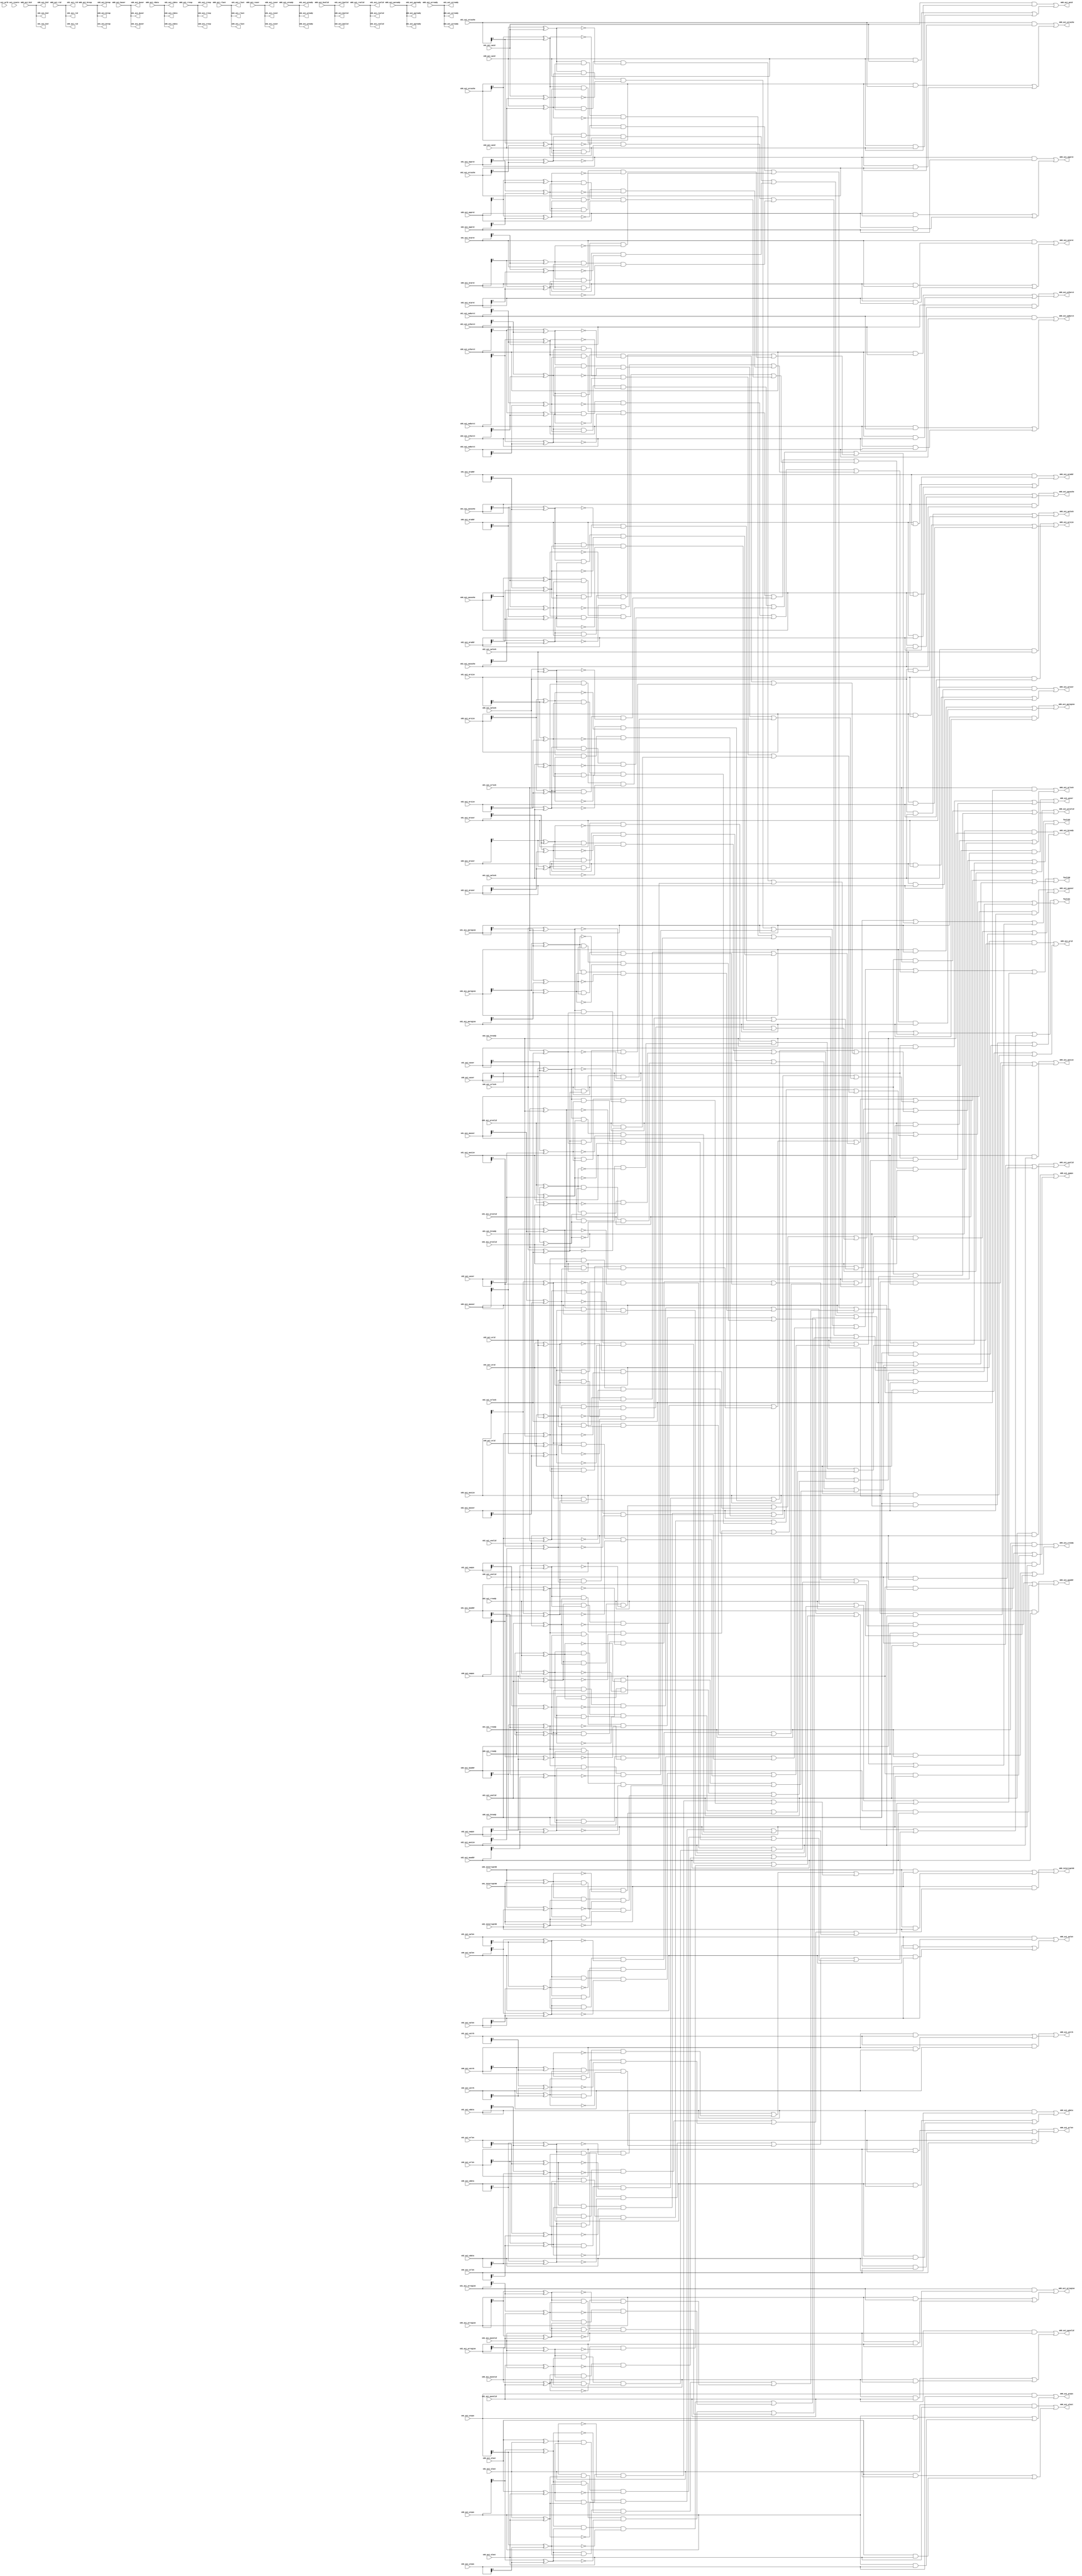

module TMR_DATA #
(
  // Parameters of AXI Subordinate Bus Interface SXX_AXI,
  parameter C_S_AXI_ID_WIDTH = 1,
  parameter C_S_AXI_AWUSER_WIDTH = 0,
  parameter C_S_AXI_ARUSER_WIDTH = 0,
  parameter C_S_AXI_WUSER_WIDTH = 0,
  parameter C_S_AXI_RUSER_WIDTH = 0,
  parameter C_S_AXI_BUSER_WIDTH = 0,
  parameter C_S_AXI_DATA_WIDTH = 64,
  parameter C_S_AXI_ADDR_WIDTH = 32,
  // Parameters of AXI Manager Bus Interface M00_AXI,
  parameter C_M_AXI_ID_WIDTH = 1,
  parameter C_M_AXI_AWUSER_WIDTH = 0,
  parameter C_M_AXI_ARUSER_WIDTH = 0,
  parameter C_M_AXI_WUSER_WIDTH = 0,
  parameter C_M_AXI_RUSER_WIDTH = 0,
  parameter C_M_AXI_BUSER_WIDTH = 0,
  parameter C_M_AXI_DATA_WIDTH = 64,
  parameter C_M_AXI_ADDR_WIDTH = 32
)
(
  input axi_aclk,
  input axi_resetn,
  // Ports of AXI Subordinate Bus Interface S00_AXI,
  input [C_S_AXI_ID_WIDTH-1:0] s00_axi_awid,
  input [C_S_AXI_ADDR_WIDTH-1:0] s00_axi_awaddr,
  input [7:0] s00_axi_awlen,
  input [2:0] s00_axi_awsize,
  input [1:0] s00_axi_awburst,
  input s00_axi_awlock,
  input [3:0] s00_axi_awcache,
  input [2:0] s00_axi_awprot,
  input [3:0] s00_axi_awqos,
  input [3:0] s00_axi_awregion,
  input [C_S_AXI_AWUSER_WIDTH-1:0] s00_axi_awuser,
  input s00_axi_awvalid,
  output s00_axi_awready,
  input [C_S_AXI_DATA_WIDTH-1:0] s00_axi_wdata,
  input [C_S_AXI_DATA_WIDTH/8-1:0] s00_axi_wstrb,
  input s00_axi_wlast,
  input [C_S_AXI_WUSER_WIDTH-1:0] s00_axi_wuser,
  input s00_axi_wvalid,
  output s00_axi_wready,
  input s00_axi_bready,
  output [C_S_AXI_ID_WIDTH-1:0] s00_axi_bid,
  output [1:0] s00_axi_bresp,
  output [C_S_AXI_BUSER_WIDTH-1:0] s00_axi_buser,
  output s00_axi_bvalid,
  input [C_S_AXI_ID_WIDTH-1:0] s00_axi_arid,
  input [C_S_AXI_ADDR_WIDTH-1:0] s00_axi_araddr,
  input [7:0] s00_axi_arlen,
  input [2:0] s00_axi_arsize,
  input [1:0] s00_axi_arburst,
  input s00_axi_arlock,
  input [3:0] s00_axi_arcache,
  input [2:0] s00_axi_arprot,
  input [3:0] s00_axi_arqos,
  input [3:0] s00_axi_arregion,
  input [C_S_AXI_ARUSER_WIDTH-1:0] s00_axi_aruser,
  input s00_axi_arvalid,
  output s00_axi_arready,
  input s00_axi_rready,
  output [C_S_AXI_ID_WIDTH-1:0] s00_axi_rid,
  output [C_S_AXI_DATA_WIDTH-1:0] s00_axi_rdata,
  output [1:0] s00_axi_rresp,
  output s00_axi_rlast,
  output [C_S_AXI_RUSER_WIDTH-1:0] s00_axi_ruser,
  output s00_axi_rvalid,
  input s00_interrupt00,
  // Ports of AXI Subordinate Bus Interface S01_AXI,
  input [C_S_AXI_ID_WIDTH-1:0] s01_axi_awid,
  input [C_S_AXI_ADDR_WIDTH-1:0] s01_axi_awaddr,
  input [7:0] s01_axi_awlen,
  input [2:0] s01_axi_awsize,
  input [1:0] s01_axi_awburst,
  input s01_axi_awlock,
  input [3:0] s01_axi_awcache,
  input [2:0] s01_axi_awprot,
  input [3:0] s01_axi_awqos,
  input [3:0] s01_axi_awregion,
  input [C_S_AXI_AWUSER_WIDTH-1:0] s01_axi_awuser,
  input s01_axi_awvalid,
  output s01_axi_awready,
  input [C_S_AXI_DATA_WIDTH-1:0] s01_axi_wdata,
  input [C_S_AXI_DATA_WIDTH/8-1:0] s01_axi_wstrb,
  input s01_axi_wlast,
  input [C_S_AXI_WUSER_WIDTH-1:0] s01_axi_wuser,
  input s01_axi_wvalid,
  output s01_axi_wready,
  input s01_axi_bready,
  output [C_S_AXI_ID_WIDTH-1:0] s01_axi_bid,
  output [1:0] s01_axi_bresp,
  output [C_S_AXI_BUSER_WIDTH-1:0] s01_axi_buser,
  output s01_axi_bvalid,
  input [C_S_AXI_ID_WIDTH-1:0] s01_axi_arid,
  input [C_S_AXI_ADDR_WIDTH-1:0] s01_axi_araddr,
  input [7:0] s01_axi_arlen,
  input [2:0] s01_axi_arsize,
  input [1:0] s01_axi_arburst,
  input s01_axi_arlock,
  input [3:0] s01_axi_arcache,
  input [2:0] s01_axi_arprot,
  input [3:0] s01_axi_arqos,
  input [3:0] s01_axi_arregion,
  input [C_S_AXI_ARUSER_WIDTH-1:0] s01_axi_aruser,
  input s01_axi_arvalid,
  output s01_axi_arready,
  input s01_axi_rready,
  output [C_S_AXI_ID_WIDTH-1:0] s01_axi_rid,
  output [C_S_AXI_DATA_WIDTH-1:0] s01_axi_rdata,
  output [1:0] s01_axi_rresp,
  output s01_axi_rlast,
  output [C_S_AXI_RUSER_WIDTH-1:0] s01_axi_ruser,
  output s01_axi_rvalid,
  input s01_interrupt00,
  // Ports of AXI Subordinate Bus Interface S02_AXI,
  input [C_S_AXI_ID_WIDTH-1:0] s02_axi_awid,
  input [C_S_AXI_ADDR_WIDTH-1:0] s02_axi_awaddr,
  input [7:0] s02_axi_awlen,
  input [2:0] s02_axi_awsize,
  input [1:0] s02_axi_awburst,
  input s02_axi_awlock,
  input [3:0] s02_axi_awcache,
  input [2:0] s02_axi_awprot,
  input [3:0] s02_axi_awqos,
  input [3:0] s02_axi_awregion,
  input [C_S_AXI_AWUSER_WIDTH-1:0] s02_axi_awuser,
  input s02_axi_awvalid,
  output s02_axi_awready,
  input [C_S_AXI_DATA_WIDTH-1:0] s02_axi_wdata,
  input [C_S_AXI_DATA_WIDTH/8-1:0] s02_axi_wstrb,
  input s02_axi_wlast,
  input [C_S_AXI_WUSER_WIDTH-1:0] s02_axi_wuser,
  input s02_axi_wvalid,
  output s02_axi_wready,
  input s02_axi_bready,
  output [C_S_AXI_ID_WIDTH-1:0] s02_axi_bid,
  output [1:0] s02_axi_bresp,
  output [C_S_AXI_BUSER_WIDTH-1:0] s02_axi_buser,
  output s02_axi_bvalid,
  input [C_S_AXI_ID_WIDTH-1:0] s02_axi_arid,
  input [C_S_AXI_ADDR_WIDTH-1:0] s02_axi_araddr,
  input [7:0] s02_axi_arlen,
  input [2:0] s02_axi_arsize,
  input [1:0] s02_axi_arburst,
  input s02_axi_arlock,
  input [3:0] s02_axi_arcache,
  input [2:0] s02_axi_arprot,
  input [3:0] s02_axi_arqos,
  input [3:0] s02_axi_arregion,
  input [C_S_AXI_ARUSER_WIDTH-1:0] s02_axi_aruser,
  input s02_axi_arvalid,
  output s02_axi_arready,
  input s02_axi_rready,
  output [C_S_AXI_ID_WIDTH-1:0] s02_axi_rid,
  output [C_S_AXI_DATA_WIDTH-1:0] s02_axi_rdata,
  output [1:0] s02_axi_rresp,
  output s02_axi_rlast,
  output [C_S_AXI_RUSER_WIDTH-1:0] s02_axi_ruser,
  output s02_axi_rvalid,
  input s02_interrupt00,
  // Ports of AXI Manager Bus Interface M00_AXI,
  input m00_axi_awready,
  output [C_M_AXI_ID_WIDTH-1:0] m00_axi_awid,
  output [C_M_AXI_ADDR_WIDTH-1:0] m00_axi_awaddr,
  output [7:0] m00_axi_awlen,
  output [2:0] m00_axi_awsize,
  output [1:0] m00_axi_awburst,
  output m00_axi_awlock,
  output [3:0] m00_axi_awcache,
  output [2:0] m00_axi_awprot,
  output [3:0] m00_axi_awqos,
  output [3:0] m00_axi_awregion,
  output [C_M_AXI_AWUSER_WIDTH-1:0] m00_axi_awuser,
  output m00_axi_awvalid,
  input m00_axi_wready,
  output [C_M_AXI_DATA_WIDTH-1:0] m00_axi_wdata,
  output [C_M_AXI_DATA_WIDTH/8-1:0] m00_axi_wstrb,
  output m00_axi_wlast,
  output [C_M_AXI_WUSER_WIDTH-1:0] m00_axi_wuser,
  output m00_axi_wvalid,
  input [C_M_AXI_ID_WIDTH-1:0] m00_axi_bid,
  input [1:0] m00_axi_bresp,
  input [C_M_AXI_BUSER_WIDTH-1:0] m00_axi_buser,
  input m00_axi_bvalid,
  output m00_axi_bready,
  input m00_axi_arready,
  output [C_M_AXI_ID_WIDTH-1:0] m00_axi_arid,
  output [C_M_AXI_ADDR_WIDTH-1:0] m00_axi_araddr,
  output [7:0] m00_axi_arlen,
  output [2:0] m00_axi_arsize,
  output [1:0] m00_axi_arburst,
  output m00_axi_arlock,
  output [3:0] m00_axi_arcache,
  output [2:0] m00_axi_arprot,
  output [3:0] m00_axi_arqos,
  output [3:0] m00_axi_arregion,
  output [C_M_AXI_ARUSER_WIDTH-1:0] m00_axi_aruser,
  output m00_axi_arvalid,
  input [C_M_AXI_ID_WIDTH-1:0] m00_axi_rid,
  input [C_M_AXI_DATA_WIDTH-1:0] m00_axi_rdata,
  input [1:0] m00_axi_rresp,
  input m00_axi_rlast,
  input [C_M_AXI_RUSER_WIDTH-1:0] m00_axi_ruser,
  input m00_axi_rvalid,
  output m00_axi_rready,
  output m00_interrupt00,
  output fault00,
  output fault01,
  output fault02
);

  // Pass back response signals
  assign { s00_axi_awready, s01_axi_awready, s02_axi_awready } = { 3{ m00_axi_awready } };
  assign { s00_axi_wready, s01_axi_wready, s02_axi_wready } = { 3{ m00_axi_wready } };
  assign { s00_axi_bid, s01_axi_bid, s02_axi_bid } = { 3{ m00_axi_bid } };
  assign { s00_axi_bresp, s01_axi_bresp, s02_axi_bresp } = { 3{ m00_axi_bresp } };
  assign { s00_axi_buser, s01_axi_buser, s02_axi_buser } = { 3{ m00_axi_buser } };
  assign { s00_axi_bvalid, s01_axi_bvalid, s02_axi_bvalid } = { 3{ m00_axi_bvalid } };
  assign { s00_axi_arready, s01_axi_arready, s02_axi_arready } = { 3{ m00_axi_arready } };
  assign { s00_axi_rid, s01_axi_rid, s02_axi_rid } = { 3{ m00_axi_rid } };
  assign { s00_axi_rdata, s01_axi_rdata, s02_axi_rdata } = { 3{ m00_axi_rdata } };
  assign { s00_axi_rresp, s01_axi_rresp, s02_axi_rresp } = { 3{ m00_axi_rresp } };
  assign { s00_axi_rlast, s01_axi_rlast, s02_axi_rlast } = { 3{ m00_axi_rlast } };
  assign { s00_axi_ruser, s01_axi_ruser, s02_axi_ruser } = { 3{ m00_axi_ruser } };
  assign { s00_axi_rvalid, s01_axi_rvalid, s02_axi_rvalid } = { 3{ m00_axi_rvalid } };
  // Voting logic
  assign m00_axi_awid = s01_axi_awid & s02_axi_awid | (s00_axi_awid & s01_axi_awid | s00_axi_awid & s02_axi_awid);
  assign m00_axi_awaddr = s01_axi_awaddr & s02_axi_awaddr | (s00_axi_awaddr & s01_axi_awaddr | s00_axi_awaddr & s02_axi_awaddr);
  assign m00_axi_awlen = s01_axi_awlen & s02_axi_awlen | (s00_axi_awlen & s01_axi_awlen | s00_axi_awlen & s02_axi_awlen);
  assign m00_axi_awsize = s01_axi_awsize & s02_axi_awsize | (s00_axi_awsize & s01_axi_awsize | s00_axi_awsize & s02_axi_awsize);
  assign m00_axi_awburst = s01_axi_awburst & s02_axi_awburst | (s00_axi_awburst & s01_axi_awburst | s00_axi_awburst & s02_axi_awburst);
  assign m00_axi_awlock = s01_axi_awlock & s02_axi_awlock | (s00_axi_awlock & s01_axi_awlock | s00_axi_awlock & s02_axi_awlock);
  assign m00_axi_awcache = s01_axi_awcache & s02_axi_awcache | (s00_axi_awcache & s01_axi_awcache | s00_axi_awcache & s02_axi_awcache);
  assign m00_axi_awprot = s01_axi_awprot & s02_axi_awprot | (s00_axi_awprot & s01_axi_awprot | s00_axi_awprot & s02_axi_awprot);
  assign m00_axi_awqos = s01_axi_awqos & s02_axi_awqos | (s00_axi_awqos & s01_axi_awqos | s00_axi_awqos & s02_axi_awqos);
  assign m00_axi_awregion = s01_axi_awregion & s02_axi_awregion | (s00_axi_awregion & s01_axi_awregion | s00_axi_awregion & s02_axi_awregion);
  assign m00_axi_awuser = s01_axi_awuser & s02_axi_awuser | (s00_axi_awuser & s01_axi_awuser | s00_axi_awuser & s02_axi_awuser);
  assign m00_axi_awvalid = s01_axi_awvalid & s02_axi_awvalid | (s00_axi_awvalid & s01_axi_awvalid | s00_axi_awvalid & s02_axi_awvalid);
  assign m00_axi_wdata = s01_axi_wdata & s02_axi_wdata | (s00_axi_wdata & s01_axi_wdata | s00_axi_wdata & s02_axi_wdata);
  assign m00_axi_wstrb = s01_axi_wstrb & s02_axi_wstrb | (s00_axi_wstrb & s01_axi_wstrb | s00_axi_wstrb & s02_axi_wstrb);
  assign m00_axi_wlast = s01_axi_wlast & s02_axi_wlast | (s00_axi_wlast & s01_axi_wlast | s00_axi_wlast & s02_axi_wlast);
  assign m00_axi_wuser = s01_axi_wuser & s02_axi_wuser | (s00_axi_wuser & s01_axi_wuser | s00_axi_wuser & s02_axi_wuser);
  assign m00_axi_wvalid = s01_axi_wvalid & s02_axi_wvalid | (s00_axi_wvalid & s01_axi_wvalid | s00_axi_wvalid & s02_axi_wvalid);
  assign m00_axi_bready = s01_axi_bready & s02_axi_bready | (s00_axi_bready & s01_axi_bready | s00_axi_bready & s02_axi_bready);
  assign m00_axi_arid = s01_axi_arid & s02_axi_arid | (s00_axi_arid & s01_axi_arid | s00_axi_arid & s02_axi_arid);
  assign m00_axi_araddr = s01_axi_araddr & s02_axi_araddr | (s00_axi_araddr & s01_axi_araddr | s00_axi_araddr & s02_axi_araddr);
  assign m00_axi_arlen = s01_axi_arlen & s02_axi_arlen | (s00_axi_arlen & s01_axi_arlen | s00_axi_arlen & s02_axi_arlen);
  assign m00_axi_arsize = s01_axi_arsize & s02_axi_arsize | (s00_axi_arsize & s01_axi_arsize | s00_axi_arsize & s02_axi_arsize);
  assign m00_axi_arburst = s01_axi_arburst & s02_axi_arburst | (s00_axi_arburst & s01_axi_arburst | s00_axi_arburst & s02_axi_arburst);
  assign m00_axi_arlock = s01_axi_arlock & s02_axi_arlock | (s00_axi_arlock & s01_axi_arlock | s00_axi_arlock & s02_axi_arlock);
  assign m00_axi_arcache = s01_axi_arcache & s02_axi_arcache | (s00_axi_arcache & s01_axi_arcache | s00_axi_arcache & s02_axi_arcache);
  assign m00_axi_arprot = s01_axi_arprot & s02_axi_arprot | (s00_axi_arprot & s01_axi_arprot | s00_axi_arprot & s02_axi_arprot);
  assign m00_axi_arqos = s01_axi_arqos & s02_axi_arqos | (s00_axi_arqos & s01_axi_arqos | s00_axi_arqos & s02_axi_arqos);
  assign m00_axi_arregion = s01_axi_arregion & s02_axi_arregion | (s00_axi_arregion & s01_axi_arregion | s00_axi_arregion & s02_axi_arregion);
  assign m00_axi_aruser = s01_axi_aruser & s02_axi_aruser | (s00_axi_aruser & s01_axi_aruser | s00_axi_aruser & s02_axi_aruser);
  assign m00_axi_arvalid = s01_axi_arvalid & s02_axi_arvalid | (s00_axi_arvalid & s01_axi_arvalid | s00_axi_arvalid & s02_axi_arvalid);
  assign m00_axi_rready = s01_axi_rready & s02_axi_rready | (s00_axi_rready & s01_axi_rready | s00_axi_rready & s02_axi_rready);
  assign m00_interrupt00 = s01_interrupt00 & s02_interrupt00 | (s00_interrupt00 & s01_interrupt00 | s00_interrupt00 & s02_interrupt00);
  // Fault detection logic
  wire fault00_awid;
  wire fault01_awid;
  wire fault02_awid;
  assign fault00_awid = (s00_axi_awid ^ s01_axi_awid) & (s00_axi_awid ^ s02_axi_awid) & ~(s01_axi_awid ^ s02_axi_awid);
  assign fault01_awid = (s00_axi_awid ^ s01_axi_awid) & (s01_axi_awid ^ s02_axi_awid) & ~(s00_axi_awid ^ s02_axi_awid);
  assign fault02_awid = (s00_axi_awid ^ s02_axi_awid) & (s01_axi_awid ^ s02_axi_awid) & ~(s00_axi_awid ^ s01_axi_awid);
  wire fault00_awaddr;
  wire fault01_awaddr;
  wire fault02_awaddr;
  assign fault00_awaddr = (s00_axi_awaddr ^ s01_axi_awaddr) & (s00_axi_awaddr ^ s02_axi_awaddr) & ~(s01_axi_awaddr ^ s02_axi_awaddr);
  assign fault01_awaddr = (s00_axi_awaddr ^ s01_axi_awaddr) & (s01_axi_awaddr ^ s02_axi_awaddr) & ~(s00_axi_awaddr ^ s02_axi_awaddr);
  assign fault02_awaddr = (s00_axi_awaddr ^ s02_axi_awaddr) & (s01_axi_awaddr ^ s02_axi_awaddr) & ~(s00_axi_awaddr ^ s01_axi_awaddr);
  wire fault00_awlen;
  wire fault01_awlen;
  wire fault02_awlen;
  assign fault00_awlen = (s00_axi_awlen ^ s01_axi_awlen) & (s00_axi_awlen ^ s02_axi_awlen) & ~(s01_axi_awlen ^ s02_axi_awlen);
  assign fault01_awlen = (s00_axi_awlen ^ s01_axi_awlen) & (s01_axi_awlen ^ s02_axi_awlen) & ~(s00_axi_awlen ^ s02_axi_awlen);
  assign fault02_awlen = (s00_axi_awlen ^ s02_axi_awlen) & (s01_axi_awlen ^ s02_axi_awlen) & ~(s00_axi_awlen ^ s01_axi_awlen);
  wire fault00_awsize;
  wire fault01_awsize;
  wire fault02_awsize;
  assign fault00_awsize = (s00_axi_awsize ^ s01_axi_awsize) & (s00_axi_awsize ^ s02_axi_awsize) & ~(s01_axi_awsize ^ s02_axi_awsize);
  assign fault01_awsize = (s00_axi_awsize ^ s01_axi_awsize) & (s01_axi_awsize ^ s02_axi_awsize) & ~(s00_axi_awsize ^ s02_axi_awsize);
  assign fault02_awsize = (s00_axi_awsize ^ s02_axi_awsize) & (s01_axi_awsize ^ s02_axi_awsize) & ~(s00_axi_awsize ^ s01_axi_awsize);
  wire fault00_awburst;
  wire fault01_awburst;
  wire fault02_awburst;
  assign fault00_awburst = (s00_axi_awburst ^ s01_axi_awburst) & (s00_axi_awburst ^ s02_axi_awburst) & ~(s01_axi_awburst ^ s02_axi_awburst);
  assign fault01_awburst = (s00_axi_awburst ^ s01_axi_awburst) & (s01_axi_awburst ^ s02_axi_awburst) & ~(s00_axi_awburst ^ s02_axi_awburst);
  assign fault02_awburst = (s00_axi_awburst ^ s02_axi_awburst) & (s01_axi_awburst ^ s02_axi_awburst) & ~(s00_axi_awburst ^ s01_axi_awburst);
  wire fault00_awlock;
  wire fault01_awlock;
  wire fault02_awlock;
  assign fault00_awlock = (s00_axi_awlock ^ s01_axi_awlock) & (s00_axi_awlock ^ s02_axi_awlock) & ~(s01_axi_awlock ^ s02_axi_awlock);
  assign fault01_awlock = (s00_axi_awlock ^ s01_axi_awlock) & (s01_axi_awlock ^ s02_axi_awlock) & ~(s00_axi_awlock ^ s02_axi_awlock);
  assign fault02_awlock = (s00_axi_awlock ^ s02_axi_awlock) & (s01_axi_awlock ^ s02_axi_awlock) & ~(s00_axi_awlock ^ s01_axi_awlock);
  wire fault00_awcache;
  wire fault01_awcache;
  wire fault02_awcache;
  assign fault00_awcache = (s00_axi_awcache ^ s01_axi_awcache) & (s00_axi_awcache ^ s02_axi_awcache) & ~(s01_axi_awcache ^ s02_axi_awcache);
  assign fault01_awcache = (s00_axi_awcache ^ s01_axi_awcache) & (s01_axi_awcache ^ s02_axi_awcache) & ~(s00_axi_awcache ^ s02_axi_awcache);
  assign fault02_awcache = (s00_axi_awcache ^ s02_axi_awcache) & (s01_axi_awcache ^ s02_axi_awcache) & ~(s00_axi_awcache ^ s01_axi_awcache);
  wire fault00_awprot;
  wire fault01_awprot;
  wire fault02_awprot;
  assign fault00_awprot = (s00_axi_awprot ^ s01_axi_awprot) & (s00_axi_awprot ^ s02_axi_awprot) & ~(s01_axi_awprot ^ s02_axi_awprot);
  assign fault01_awprot = (s00_axi_awprot ^ s01_axi_awprot) & (s01_axi_awprot ^ s02_axi_awprot) & ~(s00_axi_awprot ^ s02_axi_awprot);
  assign fault02_awprot = (s00_axi_awprot ^ s02_axi_awprot) & (s01_axi_awprot ^ s02_axi_awprot) & ~(s00_axi_awprot ^ s01_axi_awprot);
  wire fault00_awqos;
  wire fault01_awqos;
  wire fault02_awqos;
  assign fault00_awqos = (s00_axi_awqos ^ s01_axi_awqos) & (s00_axi_awqos ^ s02_axi_awqos) & ~(s01_axi_awqos ^ s02_axi_awqos);
  assign fault01_awqos = (s00_axi_awqos ^ s01_axi_awqos) & (s01_axi_awqos ^ s02_axi_awqos) & ~(s00_axi_awqos ^ s02_axi_awqos);
  assign fault02_awqos = (s00_axi_awqos ^ s02_axi_awqos) & (s01_axi_awqos ^ s02_axi_awqos) & ~(s00_axi_awqos ^ s01_axi_awqos);
  wire fault00_awregion;
  wire fault01_awregion;
  wire fault02_awregion;
  assign fault00_awregion = (s00_axi_awregion ^ s01_axi_awregion) & (s00_axi_awregion ^ s02_axi_awregion) & ~(s01_axi_awregion ^ s02_axi_awregion);
  assign fault01_awregion = (s00_axi_awregion ^ s01_axi_awregion) & (s01_axi_awregion ^ s02_axi_awregion) & ~(s00_axi_awregion ^ s02_axi_awregion);
  assign fault02_awregion = (s00_axi_awregion ^ s02_axi_awregion) & (s01_axi_awregion ^ s02_axi_awregion) & ~(s00_axi_awregion ^ s01_axi_awregion);
  wire fault00_awuser;
  wire fault01_awuser;
  wire fault02_awuser;
  assign fault00_awuser = (s00_axi_awuser ^ s01_axi_awuser) & (s00_axi_awuser ^ s02_axi_awuser) & ~(s01_axi_awuser ^ s02_axi_awuser);
  assign fault01_awuser = (s00_axi_awuser ^ s01_axi_awuser) & (s01_axi_awuser ^ s02_axi_awuser) & ~(s00_axi_awuser ^ s02_axi_awuser);
  assign fault02_awuser = (s00_axi_awuser ^ s02_axi_awuser) & (s01_axi_awuser ^ s02_axi_awuser) & ~(s00_axi_awuser ^ s01_axi_awuser);
  wire fault00_awvalid;
  wire fault01_awvalid;
  wire fault02_awvalid;
  assign fault00_awvalid = (s00_axi_awvalid ^ s01_axi_awvalid) & (s00_axi_awvalid ^ s02_axi_awvalid) & ~(s01_axi_awvalid ^ s02_axi_awvalid);
  assign fault01_awvalid = (s00_axi_awvalid ^ s01_axi_awvalid) & (s01_axi_awvalid ^ s02_axi_awvalid) & ~(s00_axi_awvalid ^ s02_axi_awvalid);
  assign fault02_awvalid = (s00_axi_awvalid ^ s02_axi_awvalid) & (s01_axi_awvalid ^ s02_axi_awvalid) & ~(s00_axi_awvalid ^ s01_axi_awvalid);
  wire fault00_wdata;
  wire fault01_wdata;
  wire fault02_wdata;
  assign fault00_wdata = (s00_axi_wdata ^ s01_axi_wdata) & (s00_axi_wdata ^ s02_axi_wdata) & ~(s01_axi_wdata ^ s02_axi_wdata);
  assign fault01_wdata = (s00_axi_wdata ^ s01_axi_wdata) & (s01_axi_wdata ^ s02_axi_wdata) & ~(s00_axi_wdata ^ s02_axi_wdata);
  assign fault02_wdata = (s00_axi_wdata ^ s02_axi_wdata) & (s01_axi_wdata ^ s02_axi_wdata) & ~(s00_axi_wdata ^ s01_axi_wdata);
  wire fault00_wstrb;
  wire fault01_wstrb;
  wire fault02_wstrb;
  assign fault00_wstrb = (s00_axi_wstrb ^ s01_axi_wstrb) & (s00_axi_wstrb ^ s02_axi_wstrb) & ~(s01_axi_wstrb ^ s02_axi_wstrb);
  assign fault01_wstrb = (s00_axi_wstrb ^ s01_axi_wstrb) & (s01_axi_wstrb ^ s02_axi_wstrb) & ~(s00_axi_wstrb ^ s02_axi_wstrb);
  assign fault02_wstrb = (s00_axi_wstrb ^ s02_axi_wstrb) & (s01_axi_wstrb ^ s02_axi_wstrb) & ~(s00_axi_wstrb ^ s01_axi_wstrb);
  wire fault00_wlast;
  wire fault01_wlast;
  wire fault02_wlast;
  assign fault00_wlast = (s00_axi_wlast ^ s01_axi_wlast) & (s00_axi_wlast ^ s02_axi_wlast) & ~(s01_axi_wlast ^ s02_axi_wlast);
  assign fault01_wlast = (s00_axi_wlast ^ s01_axi_wlast) & (s01_axi_wlast ^ s02_axi_wlast) & ~(s00_axi_wlast ^ s02_axi_wlast);
  assign fault02_wlast = (s00_axi_wlast ^ s02_axi_wlast) & (s01_axi_wlast ^ s02_axi_wlast) & ~(s00_axi_wlast ^ s01_axi_wlast);
  wire fault00_wuser;
  wire fault01_wuser;
  wire fault02_wuser;
  assign fault00_wuser = (s00_axi_wuser ^ s01_axi_wuser) & (s00_axi_wuser ^ s02_axi_wuser) & ~(s01_axi_wuser ^ s02_axi_wuser);
  assign fault01_wuser = (s00_axi_wuser ^ s01_axi_wuser) & (s01_axi_wuser ^ s02_axi_wuser) & ~(s00_axi_wuser ^ s02_axi_wuser);
  assign fault02_wuser = (s00_axi_wuser ^ s02_axi_wuser) & (s01_axi_wuser ^ s02_axi_wuser) & ~(s00_axi_wuser ^ s01_axi_wuser);
  wire fault00_wvalid;
  wire fault01_wvalid;
  wire fault02_wvalid;
  assign fault00_wvalid = (s00_axi_wvalid ^ s01_axi_wvalid) & (s00_axi_wvalid ^ s02_axi_wvalid) & ~(s01_axi_wvalid ^ s02_axi_wvalid);
  assign fault01_wvalid = (s00_axi_wvalid ^ s01_axi_wvalid) & (s01_axi_wvalid ^ s02_axi_wvalid) & ~(s00_axi_wvalid ^ s02_axi_wvalid);
  assign fault02_wvalid = (s00_axi_wvalid ^ s02_axi_wvalid) & (s01_axi_wvalid ^ s02_axi_wvalid) & ~(s00_axi_wvalid ^ s01_axi_wvalid);
  wire fault00_bready;
  wire fault01_bready;
  wire fault02_bready;
  assign fault00_bready = (s00_axi_bready ^ s01_axi_bready) & (s00_axi_bready ^ s02_axi_bready) & ~(s01_axi_bready ^ s02_axi_bready);
  assign fault01_bready = (s00_axi_bready ^ s01_axi_bready) & (s01_axi_bready ^ s02_axi_bready) & ~(s00_axi_bready ^ s02_axi_bready);
  assign fault02_bready = (s00_axi_bready ^ s02_axi_bready) & (s01_axi_bready ^ s02_axi_bready) & ~(s00_axi_bready ^ s01_axi_bready);
  wire fault00_arid;
  wire fault01_arid;
  wire fault02_arid;
  assign fault00_arid = (s00_axi_arid ^ s01_axi_arid) & (s00_axi_arid ^ s02_axi_arid) & ~(s01_axi_arid ^ s02_axi_arid);
  assign fault01_arid = (s00_axi_arid ^ s01_axi_arid) & (s01_axi_arid ^ s02_axi_arid) & ~(s00_axi_arid ^ s02_axi_arid);
  assign fault02_arid = (s00_axi_arid ^ s02_axi_arid) & (s01_axi_arid ^ s02_axi_arid) & ~(s00_axi_arid ^ s01_axi_arid);
  wire fault00_araddr;
  wire fault01_araddr;
  wire fault02_araddr;
  assign fault00_araddr = (s00_axi_araddr ^ s01_axi_araddr) & (s00_axi_araddr ^ s02_axi_araddr) & ~(s01_axi_araddr ^ s02_axi_araddr);
  assign fault01_araddr = (s00_axi_araddr ^ s01_axi_araddr) & (s01_axi_araddr ^ s02_axi_araddr) & ~(s00_axi_araddr ^ s02_axi_araddr);
  assign fault02_araddr = (s00_axi_araddr ^ s02_axi_araddr) & (s01_axi_araddr ^ s02_axi_araddr) & ~(s00_axi_araddr ^ s01_axi_araddr);
  wire fault00_arlen;
  wire fault01_arlen;
  wire fault02_arlen;
  assign fault00_arlen = (s00_axi_arlen ^ s01_axi_arlen) & (s00_axi_arlen ^ s02_axi_arlen) & ~(s01_axi_arlen ^ s02_axi_arlen);
  assign fault01_arlen = (s00_axi_arlen ^ s01_axi_arlen) & (s01_axi_arlen ^ s02_axi_arlen) & ~(s00_axi_arlen ^ s02_axi_arlen);
  assign fault02_arlen = (s00_axi_arlen ^ s02_axi_arlen) & (s01_axi_arlen ^ s02_axi_arlen) & ~(s00_axi_arlen ^ s01_axi_arlen);
  wire fault00_arsize;
  wire fault01_arsize;
  wire fault02_arsize;
  assign fault00_arsize = (s00_axi_arsize ^ s01_axi_arsize) & (s00_axi_arsize ^ s02_axi_arsize) & ~(s01_axi_arsize ^ s02_axi_arsize);
  assign fault01_arsize = (s00_axi_arsize ^ s01_axi_arsize) & (s01_axi_arsize ^ s02_axi_arsize) & ~(s00_axi_arsize ^ s02_axi_arsize);
  assign fault02_arsize = (s00_axi_arsize ^ s02_axi_arsize) & (s01_axi_arsize ^ s02_axi_arsize) & ~(s00_axi_arsize ^ s01_axi_arsize);
  wire fault00_arburst;
  wire fault01_arburst;
  wire fault02_arburst;
  assign fault00_arburst = (s00_axi_arburst ^ s01_axi_arburst) & (s00_axi_arburst ^ s02_axi_arburst) & ~(s01_axi_arburst ^ s02_axi_arburst);
  assign fault01_arburst = (s00_axi_arburst ^ s01_axi_arburst) & (s01_axi_arburst ^ s02_axi_arburst) & ~(s00_axi_arburst ^ s02_axi_arburst);
  assign fault02_arburst = (s00_axi_arburst ^ s02_axi_arburst) & (s01_axi_arburst ^ s02_axi_arburst) & ~(s00_axi_arburst ^ s01_axi_arburst);
  wire fault00_arlock;
  wire fault01_arlock;
  wire fault02_arlock;
  assign fault00_arlock = (s00_axi_arlock ^ s01_axi_arlock) & (s00_axi_arlock ^ s02_axi_arlock) & ~(s01_axi_arlock ^ s02_axi_arlock);
  assign fault01_arlock = (s00_axi_arlock ^ s01_axi_arlock) & (s01_axi_arlock ^ s02_axi_arlock) & ~(s00_axi_arlock ^ s02_axi_arlock);
  assign fault02_arlock = (s00_axi_arlock ^ s02_axi_arlock) & (s01_axi_arlock ^ s02_axi_arlock) & ~(s00_axi_arlock ^ s01_axi_arlock);
  wire fault00_arcache;
  wire fault01_arcache;
  wire fault02_arcache;
  assign fault00_arcache = (s00_axi_arcache ^ s01_axi_arcache) & (s00_axi_arcache ^ s02_axi_arcache) & ~(s01_axi_arcache ^ s02_axi_arcache);
  assign fault01_arcache = (s00_axi_arcache ^ s01_axi_arcache) & (s01_axi_arcache ^ s02_axi_arcache) & ~(s00_axi_arcache ^ s02_axi_arcache);
  assign fault02_arcache = (s00_axi_arcache ^ s02_axi_arcache) & (s01_axi_arcache ^ s02_axi_arcache) & ~(s00_axi_arcache ^ s01_axi_arcache);
  wire fault00_arprot;
  wire fault01_arprot;
  wire fault02_arprot;
  assign fault00_arprot = (s00_axi_arprot ^ s01_axi_arprot) & (s00_axi_arprot ^ s02_axi_arprot) & ~(s01_axi_arprot ^ s02_axi_arprot);
  assign fault01_arprot = (s00_axi_arprot ^ s01_axi_arprot) & (s01_axi_arprot ^ s02_axi_arprot) & ~(s00_axi_arprot ^ s02_axi_arprot);
  assign fault02_arprot = (s00_axi_arprot ^ s02_axi_arprot) & (s01_axi_arprot ^ s02_axi_arprot) & ~(s00_axi_arprot ^ s01_axi_arprot);
  wire fault00_arqos;
  wire fault01_arqos;
  wire fault02_arqos;
  assign fault00_arqos = (s00_axi_arqos ^ s01_axi_arqos) & (s00_axi_arqos ^ s02_axi_arqos) & ~(s01_axi_arqos ^ s02_axi_arqos);
  assign fault01_arqos = (s00_axi_arqos ^ s01_axi_arqos) & (s01_axi_arqos ^ s02_axi_arqos) & ~(s00_axi_arqos ^ s02_axi_arqos);
  assign fault02_arqos = (s00_axi_arqos ^ s02_axi_arqos) & (s01_axi_arqos ^ s02_axi_arqos) & ~(s00_axi_arqos ^ s01_axi_arqos);
  wire fault00_arregion;
  wire fault01_arregion;
  wire fault02_arregion;
  assign fault00_arregion = (s00_axi_arregion ^ s01_axi_arregion) & (s00_axi_arregion ^ s02_axi_arregion) & ~(s01_axi_arregion ^ s02_axi_arregion);
  assign fault01_arregion = (s00_axi_arregion ^ s01_axi_arregion) & (s01_axi_arregion ^ s02_axi_arregion) & ~(s00_axi_arregion ^ s02_axi_arregion);
  assign fault02_arregion = (s00_axi_arregion ^ s02_axi_arregion) & (s01_axi_arregion ^ s02_axi_arregion) & ~(s00_axi_arregion ^ s01_axi_arregion);
  wire fault00_aruser;
  wire fault01_aruser;
  wire fault02_aruser;
  assign fault00_aruser = (s00_axi_aruser ^ s01_axi_aruser) & (s00_axi_aruser ^ s02_axi_aruser) & ~(s01_axi_aruser ^ s02_axi_aruser);
  assign fault01_aruser = (s00_axi_aruser ^ s01_axi_aruser) & (s01_axi_aruser ^ s02_axi_aruser) & ~(s00_axi_aruser ^ s02_axi_aruser);
  assign fault02_aruser = (s00_axi_aruser ^ s02_axi_aruser) & (s01_axi_aruser ^ s02_axi_aruser) & ~(s00_axi_aruser ^ s01_axi_aruser);
  wire fault00_arvalid;
  wire fault01_arvalid;
  wire fault02_arvalid;
  assign fault00_arvalid = (s00_axi_arvalid ^ s01_axi_arvalid) & (s00_axi_arvalid ^ s02_axi_arvalid) & ~(s01_axi_arvalid ^ s02_axi_arvalid);
  assign fault01_arvalid = (s00_axi_arvalid ^ s01_axi_arvalid) & (s01_axi_arvalid ^ s02_axi_arvalid) & ~(s00_axi_arvalid ^ s02_axi_arvalid);
  assign fault02_arvalid = (s00_axi_arvalid ^ s02_axi_arvalid) & (s01_axi_arvalid ^ s02_axi_arvalid) & ~(s00_axi_arvalid ^ s01_axi_arvalid);
  wire fault00_rready;
  wire fault01_rready;
  wire fault02_rready;
  assign fault00_rready = (s00_axi_rready ^ s01_axi_rready) & (s00_axi_rready ^ s02_axi_rready) & ~(s01_axi_rready ^ s02_axi_rready);
  assign fault01_rready = (s00_axi_rready ^ s01_axi_rready) & (s01_axi_rready ^ s02_axi_rready) & ~(s00_axi_rready ^ s02_axi_rready);
  assign fault02_rready = (s00_axi_rready ^ s02_axi_rready) & (s01_axi_rready ^ s02_axi_rready) & ~(s00_axi_rready ^ s01_axi_rready);
  wire fault00_interrupt00;
  wire fault01_interrupt00;
  wire fault02_interrupt00;
  assign fault00_interrupt00 = (s00_interrupt00 ^ s01_interrupt00) & (s00_interrupt00 ^ s02_interrupt00) & ~(s01_interrupt00 ^ s02_interrupt00);
  assign fault01_interrupt00 = (s00_interrupt00 ^ s01_interrupt00) & (s01_interrupt00 ^ s02_interrupt00) & ~(s00_interrupt00 ^ s02_interrupt00);
  assign fault02_interrupt00 = (s00_interrupt00 ^ s02_interrupt00) & (s01_interrupt00 ^ s02_interrupt00) & ~(s00_interrupt00 ^ s01_interrupt00);
  assign fault00 = fault00_awid | fault00_awaddr | (fault00_awlen | fault00_awsize) | (fault00_awburst | fault00_awlock | (fault00_awcache | fault00_awprot)) | (fault00_awqos | fault00_awregion | (fault00_awuser | fault00_awvalid) | (fault00_wdata | fault00_wstrb | (fault00_wlast | fault00_wuser))) | (fault00_wvalid | fault00_bready | (fault00_arid | fault00_araddr) | (fault00_arlen | fault00_arsize | (fault00_arburst | fault00_arlock)) | (fault00_arcache | fault00_arprot | (fault00_arqos | fault00_arregion) | (fault00_aruser | fault00_arvalid | (fault00_rready | fault00_interrupt00))));
  assign fault01 = fault01_awid | fault01_awaddr | (fault01_awlen | fault01_awsize) | (fault01_awburst | fault01_awlock | (fault01_awcache | fault01_awprot)) | (fault01_awqos | fault01_awregion | (fault01_awuser | fault01_awvalid) | (fault01_wdata | fault01_wstrb | (fault01_wlast | fault01_wuser))) | (fault01_wvalid | fault01_bready | (fault01_arid | fault01_araddr) | (fault01_arlen | fault01_arsize | (fault01_arburst | fault01_arlock)) | (fault01_arcache | fault01_arprot | (fault01_arqos | fault01_arregion) | (fault01_aruser | fault01_arvalid | (fault01_rready | fault01_interrupt00))));
  assign fault02 = fault02_awid | fault02_awaddr | (fault02_awlen | fault02_awsize) | (fault02_awburst | fault02_awlock | (fault02_awcache | fault02_awprot)) | (fault02_awqos | fault02_awregion | (fault02_awuser | fault02_awvalid) | (fault02_wdata | fault02_wstrb | (fault02_wlast | fault02_wuser))) | (fault02_wvalid | fault02_bready | (fault02_arid | fault02_araddr) | (fault02_arlen | fault02_arsize | (fault02_arburst | fault02_arlock)) | (fault02_arcache | fault02_arprot | (fault02_arqos | fault02_arregion) | (fault02_aruser | fault02_arvalid | (fault02_rready | fault02_interrupt00))));

endmodule